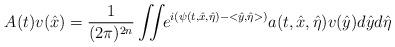
LaTeX: \begin{align*} A(t)v(\hat x)=\frac{1}{(2\pi)^{2n}}\iint\!\! e^{i(\psi(t,\hat x,\hat\eta)-<\hat y,\hat \eta>)}a(t,\hat x,\hat\eta)v(\hat y)d\hat yd\hat\eta\end{align*}